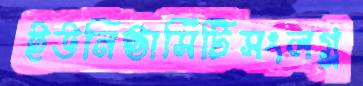
ইউনিভার্সিটিসংলগ্ন